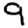
Digit: 9